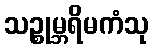
သဉ္စုမ္ဘရိမကံသု